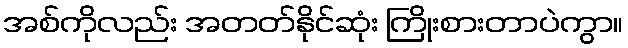
အစ်ကိုလည်း အတတ်နိုင်ဆုံး ကြိုးစားတာပဲကွာ။